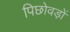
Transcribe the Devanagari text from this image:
पिछोवड़ों